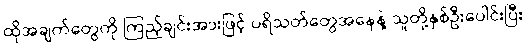
ထိုအချက်တွေကို ကြည့်ချင်းအားဖြင့် ပရိသတ်တွေအနေနဲ့ သူတို့နှစ်ဦးပေါင်းပြီး